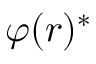
\varphi ( r ) ^ { * }